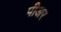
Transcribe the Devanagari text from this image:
पीअर